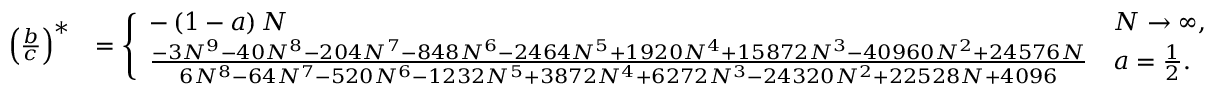
\begin{array} { r l } { \left( \frac { b } { c } \right) ^ { \ast } } & { = \left\{ \begin{array} { l l } { - \left( 1 - a \right) N } & { N \rightarrow \infty , } \\ { \frac { - 3 N ^ { 9 } - 4 0 N ^ { 8 } - 2 0 4 N ^ { 7 } - 8 4 8 N ^ { 6 } - 2 4 6 4 N ^ { 5 } + 1 9 2 0 N ^ { 4 } + 1 5 8 7 2 N ^ { 3 } - 4 0 9 6 0 N ^ { 2 } + 2 4 5 7 6 N } { 6 N ^ { 8 } - 6 4 N ^ { 7 } - 5 2 0 N ^ { 6 } - 1 2 3 2 N ^ { 5 } + 3 8 7 2 N ^ { 4 } + 6 2 7 2 N ^ { 3 } - 2 4 3 2 0 N ^ { 2 } + 2 2 5 2 8 N + 4 0 9 6 } } & { a = \frac { 1 } { 2 } . } \end{array} \right. } \end{array}